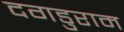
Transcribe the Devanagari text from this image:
दगडुराम